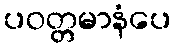
ပဝတ္တမာနံပေ